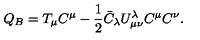
Q _ { B } = T _ { \mu } C ^ { \mu } - \frac { 1 } { 2 } \bar { C } _ { \lambda } U _ { \mu \nu } ^ { \lambda } C ^ { \mu } C ^ { \nu } .